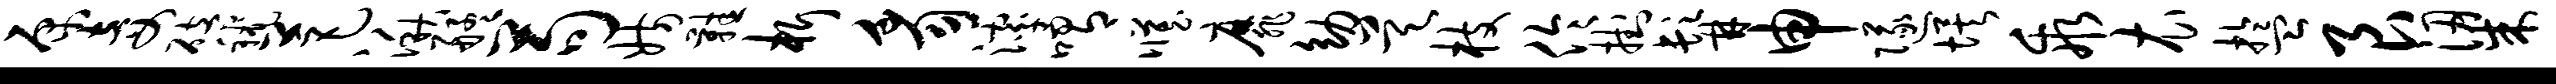
原妾碚秫芭湫艋苟妨鞋析豸滹喟臧靡幼昊枝伶挂髯申隧埃乖衣盂艮梁